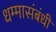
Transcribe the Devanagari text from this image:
धम्मासंबंधी